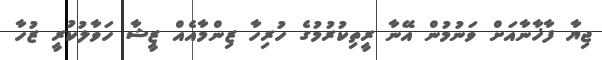
ޖިޔާ ފާޚާނާއަށް ވަނުމުން އޭނާ ރީތިކުރުމުގެ ހުރިހާ ޒިންމާއެއް ޒީޝާ ހަވާލުކުރީ ޒުހާ